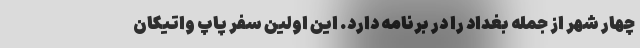
چهار شهر از جمله بغداد را در برنامه دارد. این اولین سفر پاپ واتیکان